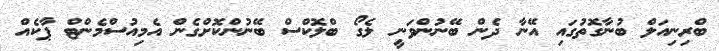
ބްރިނިއަލް ބުނާގޮތުގައި އޭނާ ދެން ބޭނުންވަނީ ލެގޯ ބްލޮކްސް ބޭނުންކޮށްގެން އެމިއުސްމެންޓް ޕާކެއް